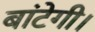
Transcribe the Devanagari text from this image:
बांटेगी।